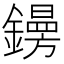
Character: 𨭜